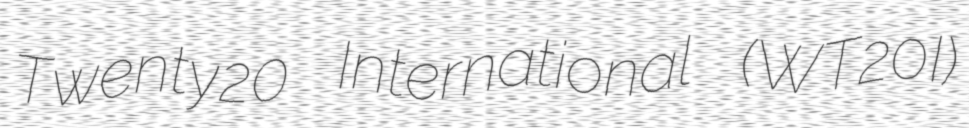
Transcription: Twenty20 International (WT20I)